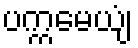
ပက္ကမေယျံ